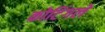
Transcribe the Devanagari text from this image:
कोटिंगले